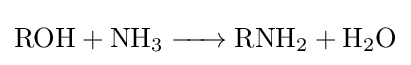
{\ce {ROH + NH3 -> RNH2 + H2O}}